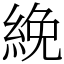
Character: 絻